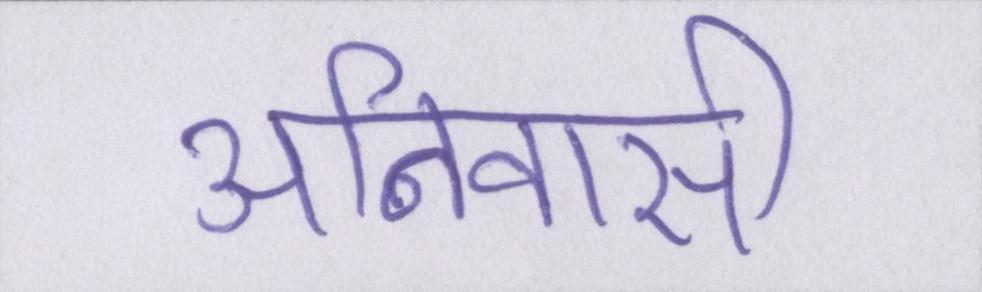
अनिवासी